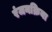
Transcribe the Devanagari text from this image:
रंजनक्रिया